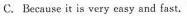
C. Because it is very casy and fast.